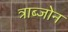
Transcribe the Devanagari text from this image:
त्राब्जोन